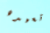
تعيده